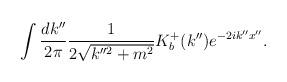
LaTeX: \begin{align*}\int \frac{dk''}{2\pi}\frac{1}{2\sqrt{k''^2+m^2}}K_b^+(k'')e^{-2ik''x''}.\end{align*}